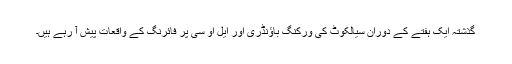
گذشتہ ایک ہفتے کے دوران سیالکوٹ کی ورکنگ باؤنڈری اور ایل او سی پر فائرنگ کے واقعات پیش آ رہے ہیں۔